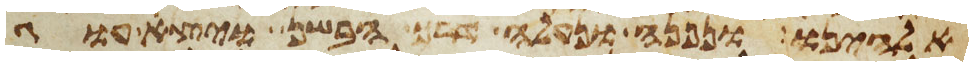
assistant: אלהינו ונפנה ונעלה דרך הבשן ויצא עוג